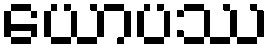
ယောပဿ